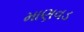
માણવડ